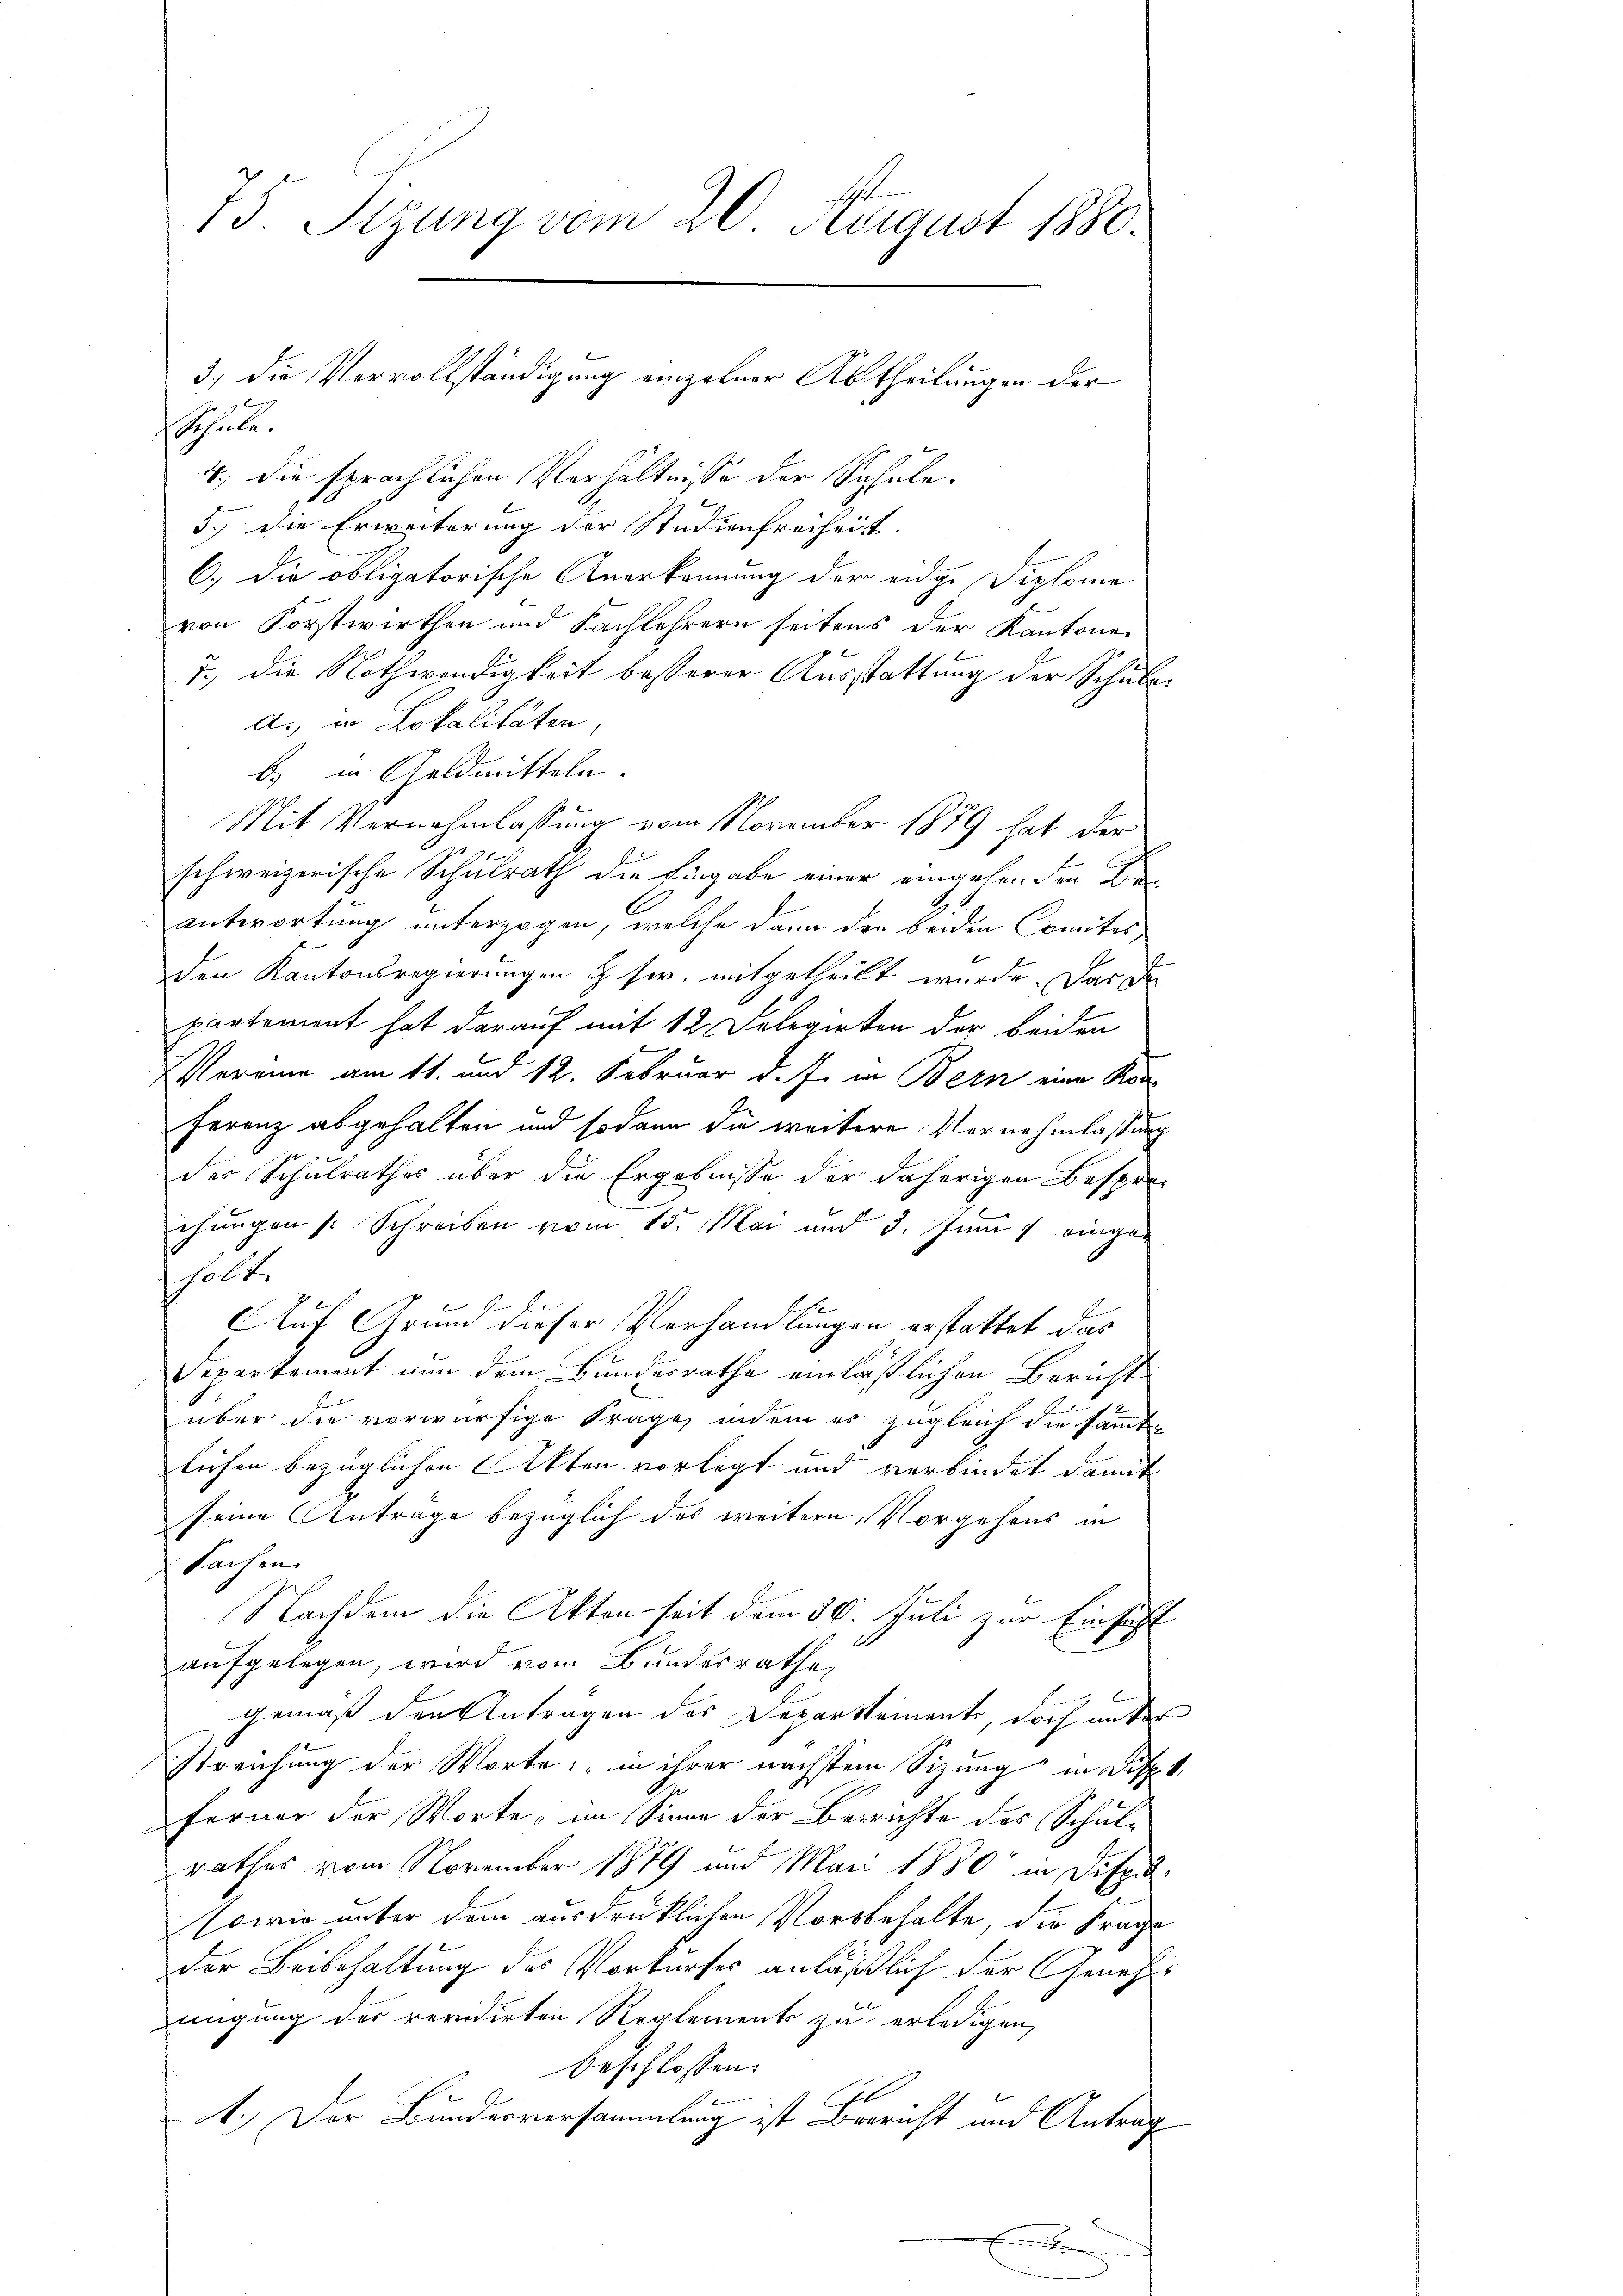
75. Sizung vom 20. August 1880.
3.) Die Vervollständigung einzelner Abtheilungen der
f 5 x
Schule.

4., die sprachlichen Verhältnisse der Schule¬
5.) Die Erweiterung der Studienfreiheit.
C.) Die obligatorische Anerkennung der eidge Diplome
von Forstwirthen und Fachlehrern seitens der Kantone
7., die Nothwendigkeit besserer Ausstattung der Schulen
d., in Lokalitäten
b) in Geldmitteln.
Mit Vernehmlassung vom November 1879 hat der
schweizerische Schulrath die Eingabe einer eingehenden Beantwortung unterzogen, welche dann den beiden Comites,
E
den Kantonsregierungen & sie, mitgetheilt wurde. Das da
partement hat darauf mit 12 Delegirten der beiden
Vereine am 11. und 12. Februar d. J. in Bern eine Kon¬
Ferenz abgehalten und sodann die weitere Vernehmlassung
7t
8
des Schulrathes über die Ergebnisse der daherigen Besprechungen Schreiben vom 15. Mai und 3. Juni 1 eingeholt,
Auf Grund dieser Verhandlungen erstattet das
Separtement nun dem Bundesrathe einläßlichen Bericht
über die vorwürfige Frage, indem es zugleich die sämmtlichen bezüglichen Akten vorlegt und verbindet damit
seine Antrage bezüglich das weitere Vorgehens in
Sachen
Nachdem die Akten seit dem 30. Juli zur Einsicht
aufgelegen, wird vom Bundesrathe,
gemäß den Antragen des Departements, doch unter
streichung der Worte: "in ihrer nächsten Sizung in Disp. 1
Ferner der Worte, im Sinne der Berichte des Schulrathes vom November 1879 und Mari 1880 in Dispu
sowie unter dem ausdrücklichen Vorbehalte, die Frage
Der Beibehaltung des Vorkurses anläßlich der Genehmigung des revidirten Reglements zu erledigen,
beschlossen:
A.) Der Bundesversammlung ist Bericht und Antrag
e